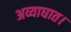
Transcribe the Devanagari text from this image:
अव्याघात।